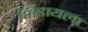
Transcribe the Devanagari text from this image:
भिडायला